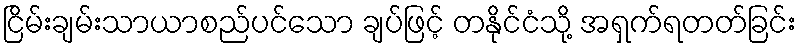
ငြိမ်းချမ်းသာယာစည်ပင်သော ချပ်ဖြင့် တနိုင်ငံသို့ အရှက်ရတတ်ခြင်း